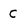
Character: c